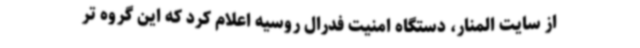
از سایت المنار، دستگاه امنیت فدرال روسیه اعلام کرد که این گروه تر